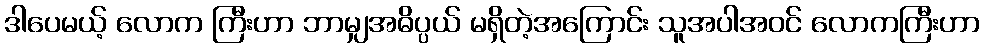
ဒါပေမယ့် လောက ကြီးဟာ ဘာမျှအဓိပ္ပယ် မရှိတဲ့အကြောင်း သူအပါအဝင် လောကကြီးဟာ